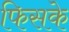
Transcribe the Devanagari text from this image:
फिसके